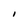
Character: i